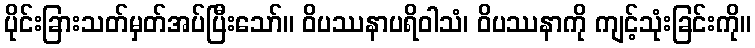
ပိုင်းခြားသတ်မှတ်အပ်ပြီးသော်။ ဝိပဿနာပရိဝါသံ၊ ဝိပဿနာကို ကျင့်သုံးခြင်းကို။